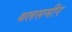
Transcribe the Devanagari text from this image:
थलसमीर